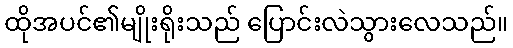
ထိုအပင်၏မျိုးရိုးသည် ပြောင်းလဲသွားလေသည်။